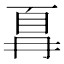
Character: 𫠵